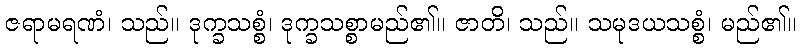
ဇရာမရဏံ၊ သည်။ ဒုက္ခသစ္စံ၊ ဒုက္ခသစ္စာမည်၏။ ဇာတိ၊ သည်။ သမုဒယသစ္စံ၊ မည်၏။